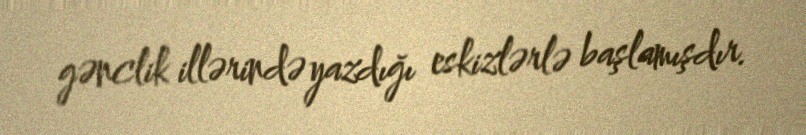
gənclik illərində yazdığı eskizlərlə başlamışdır.